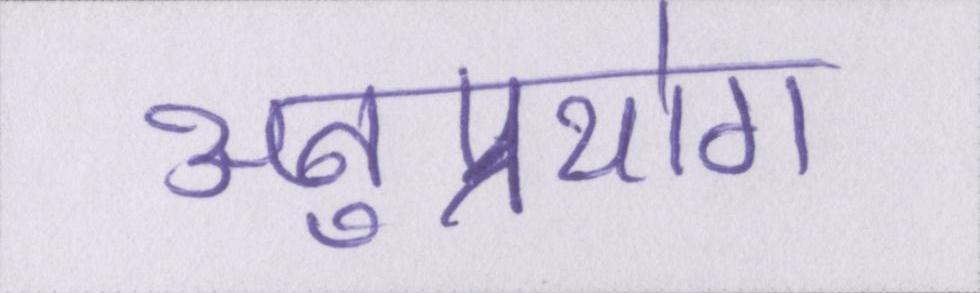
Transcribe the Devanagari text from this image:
अनुप्रयोग